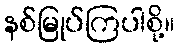
နစ်မြုပ်ကြပါစို့။